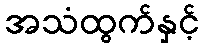
အသံထွက်နှင့်